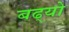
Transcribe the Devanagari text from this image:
बढ्यो